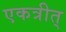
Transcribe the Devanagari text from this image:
एकत्रीत्